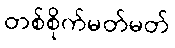
တစ်စိုက်မတ်မတ်